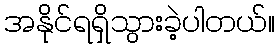
အနိုင်ရရှိသွားခဲ့ပါတယ်။